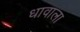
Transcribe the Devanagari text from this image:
धावाला